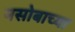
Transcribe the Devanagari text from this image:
नसोबाच्या